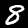
Digit: 8